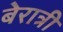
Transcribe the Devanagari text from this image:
बेरात्री